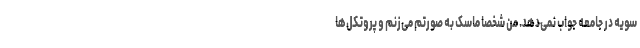
سویه در جامعه جواب نمی‌دهد. من شخصاً ماسک به صورتم می‌زنم و پروتکل‌ها